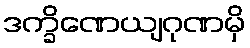
ဒက္ခိဏေယျဂုဏမှိ